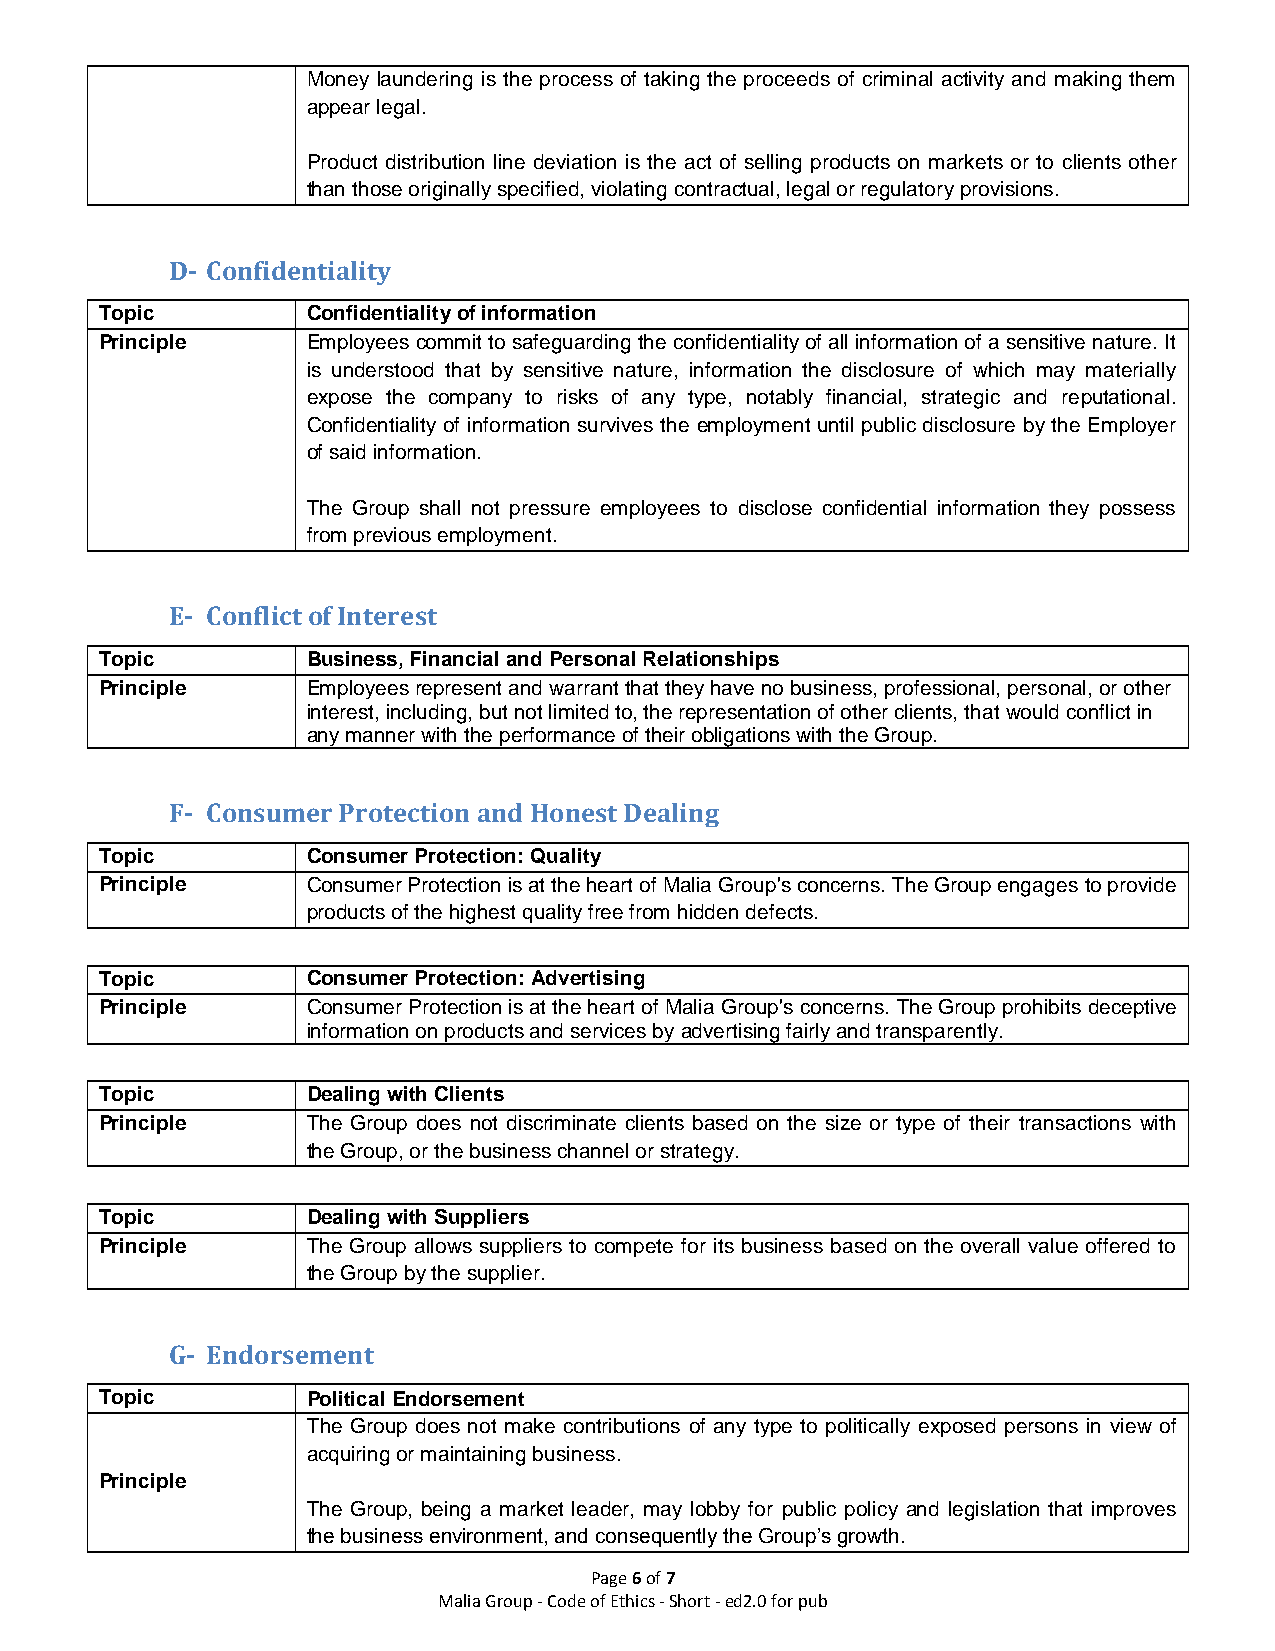
Money laundering is the process of taking the proceeds of criminal activity and making them
 appear legal.
 Product distribution line deviation is the act of selling products on markets or to clients other
 than those originally specified, violating contractual, legal or regulatory provisions.
 D- Confidentiality
 Topic        Confidentiality of information
 Principle    Employees commit to safeguarding the confidentiality of all information of a sensitive nature. It
 is understood that by sensitive nature, information the disclosure of which may materially
 expose the company to risks of any type, notably financial, strategic and reputational.
 Confidentiality of information survives the employment until public disclosure by the Employer
 of said information.
 The Group shall not pressure employees to disclose confidential information they possess
 from previous employment.
 E- Conflict of Interest
 Topic        Business, Financial and Personal Relationships
 Principle    Employees represent and warrant that they have no business, professional, personal, or other
 interest, including, but not limited to, the representation of other clients, that would conflict in
 any manner with the performance of their obligations with the Group.
 F- Consumer Protection and Honest Dealing
 Topic        Consumer Protection: Quality
 Principle    Consumer Protection is at the heart of Malia Group's concerns. The Group engages to provide
 products of the highest quality free from hidden defects.
 Topic        Consumer Protection: Advertising
 Principle    Consumer Protection is at the heart of Malia Group's concerns. The Group prohibits deceptive
 information on products and services by advertising fairly and transparently.
 Topic        Dealing with Clients
 Principle    The Group does not discriminate clients based on the size or type of their transactions with
 the Group, or the business channel or strategy.
 Topic        Dealing with Suppliers
 Principle    The Group allows suppliers to compete for its business based on the overall value offered to
 the Group by the supplier.
 G- Endorsement
 Topic        Political Endorsement
 The Group does not make contributions of any type to politically exposed persons in view of
 acquiring or maintaining business.
 Principle
 The Group, being a market leader, may lobby for public policy and legislation that improves
 the business environment, and consequently the Group’s growth.
 Page 6 of 7
 Malia Group - Code of Ethics - Short - ed2.0 for pub